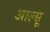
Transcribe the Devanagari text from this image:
आल्सू